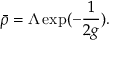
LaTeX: \bar { \rho } = \Lambda \exp ( - \frac { 1 } { 2 g } ) .